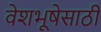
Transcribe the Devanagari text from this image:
वेशभूषेसाठी